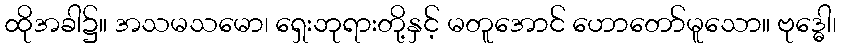
ထိုအခါ၌။ အသမသမော၊ ရှေးဘုရားတို့နှင့် မတူအောင် ဟောတော်မူသော။ ဗုဒ္ဓေါ၊